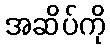
အဆိပ်ကို